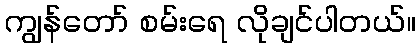
ကျွန်တော် စမ်းရေ လိုချင်ပါတယ်။